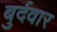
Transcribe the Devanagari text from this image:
बुर्दवार